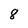
Character: 8